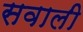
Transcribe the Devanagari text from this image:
सवाली